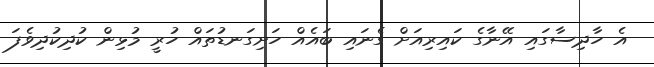
އެ ހާދިސާގައި އޭނާގެ ކައިރިއަށް ގެނައި ބައެއް ހަށިގަނޑުތައް ހުރީ މުޅިން ކުދިކުދިވެފަ